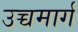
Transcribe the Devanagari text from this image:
उच्चमार्ग